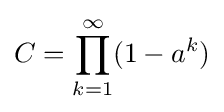
C=\prod _{k=1}^{\infty }(1-a^{k})